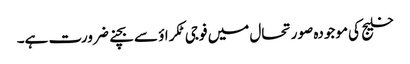
خلیج کی موجودہ صورتحال میں فوجی ٹکراؤ سے بچنے ضرورت ہے۔